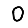
Digit: 0